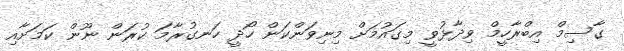
ގާސިމް އިބްރާހީމް ވިދާޅުވީ މިގައުމަށް މިނިވަންކަން ހޯދީ ހަނގުރާމަ ކުރަން ނޫން ކަމަށާއި